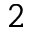
_ 2